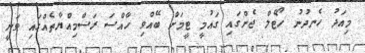
މިއަދު ހެނދުނު ހޯޓެލް ޖެންގައި ގައުމީ ޓީމަށް ބޭއްވި ހާއްސަ ރަސްމިއްޔާތެއްގައި ވަނީ